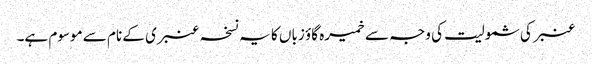
عنبر کی شمولیت کی وجہ سے خمیرہ گاؤ زباں کا یہ نسخہ عنبری کے نام سے موسوم ہے۔